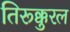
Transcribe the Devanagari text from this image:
तिरूक्कुरल